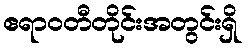
ဧရာဝတီတိုင်းအတွင်းရှိ